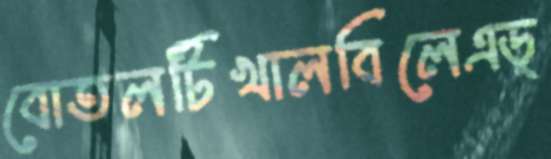
বোতলটিখালবিলেএড্